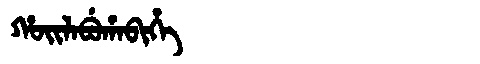
Manchu: ᡥᠣᡳᠯᠠᠪᡠᡥᠠᠪᡳᡥᡝ
Romanization: HOILABUHABIHE